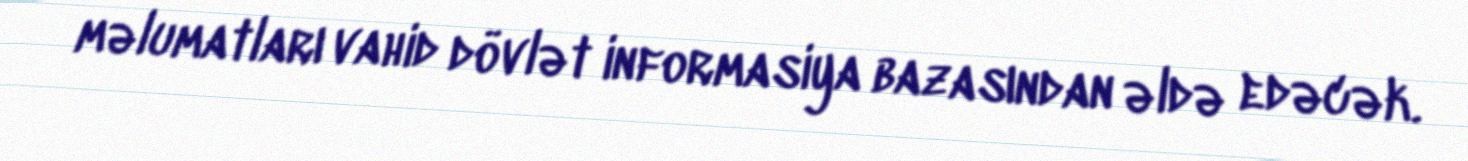
məlumatları vahid dövlət informasiya bazasından əldə edəcək.